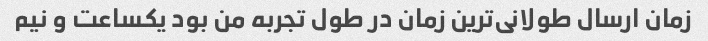
زمان ارسال طولانی‌ترین زمان در طول تجربه من بود یکساعت و نیم